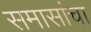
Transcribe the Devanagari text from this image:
समासांचा